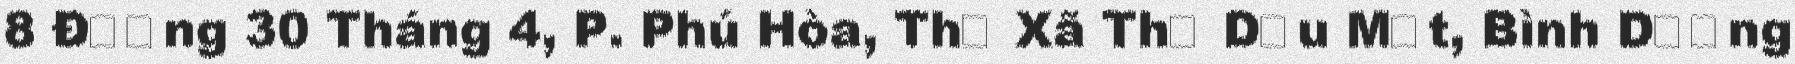
8 Đường 30 Tháng 4, P. Phú Hòa, Thị Xã Thủ Dầu Một, Bình Dương